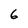
Character: 6